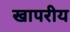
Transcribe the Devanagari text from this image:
खापरीय